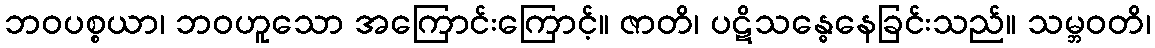
ဘဝပစ္စယာ၊ ဘဝဟူသော အကြောင်းကြောင့်။ ဇာတိ၊ ပဋိသန္ဓေနေခြင်းသည်။ သမ္ဘဝတိ၊